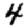
Digit: 4